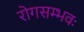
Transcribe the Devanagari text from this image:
रोगसम्भवः